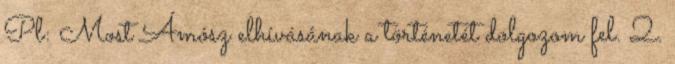
Pl: Most Ámósz elhívásának a történetét dolgozom fel. 2.